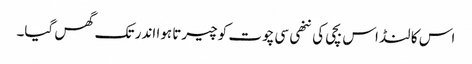
اس کا لنڈ اس بچی کی ننھی سی چوت کو چیرتا ہوا اندر تک گھس گیا۔